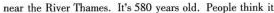
near the River Thames.It's 580 years old. People think it